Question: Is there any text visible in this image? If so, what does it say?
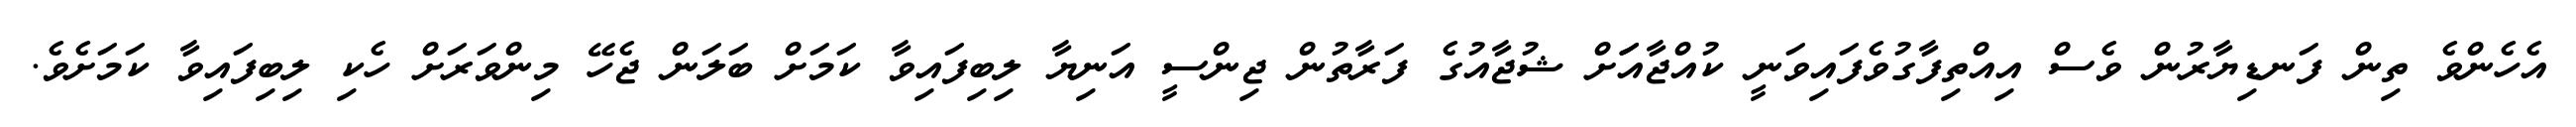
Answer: އެހެންވެ ތިން ފަނޑިޔާރުން ވެސް އިއްތިފާގުވެފައިވަނީ ކުއްޖާއަަށް ޝުޖާއުގެ ފަރާތުން ޖިންސީ އަނިޔާ ލިބިފައިވާ ކަމަށް ބަލަން ޖެހޭ މިންވަރަށް ހެކި ލިބިފައިވާ ކަމަށެވެ.